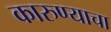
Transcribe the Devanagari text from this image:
कारुण्याचा